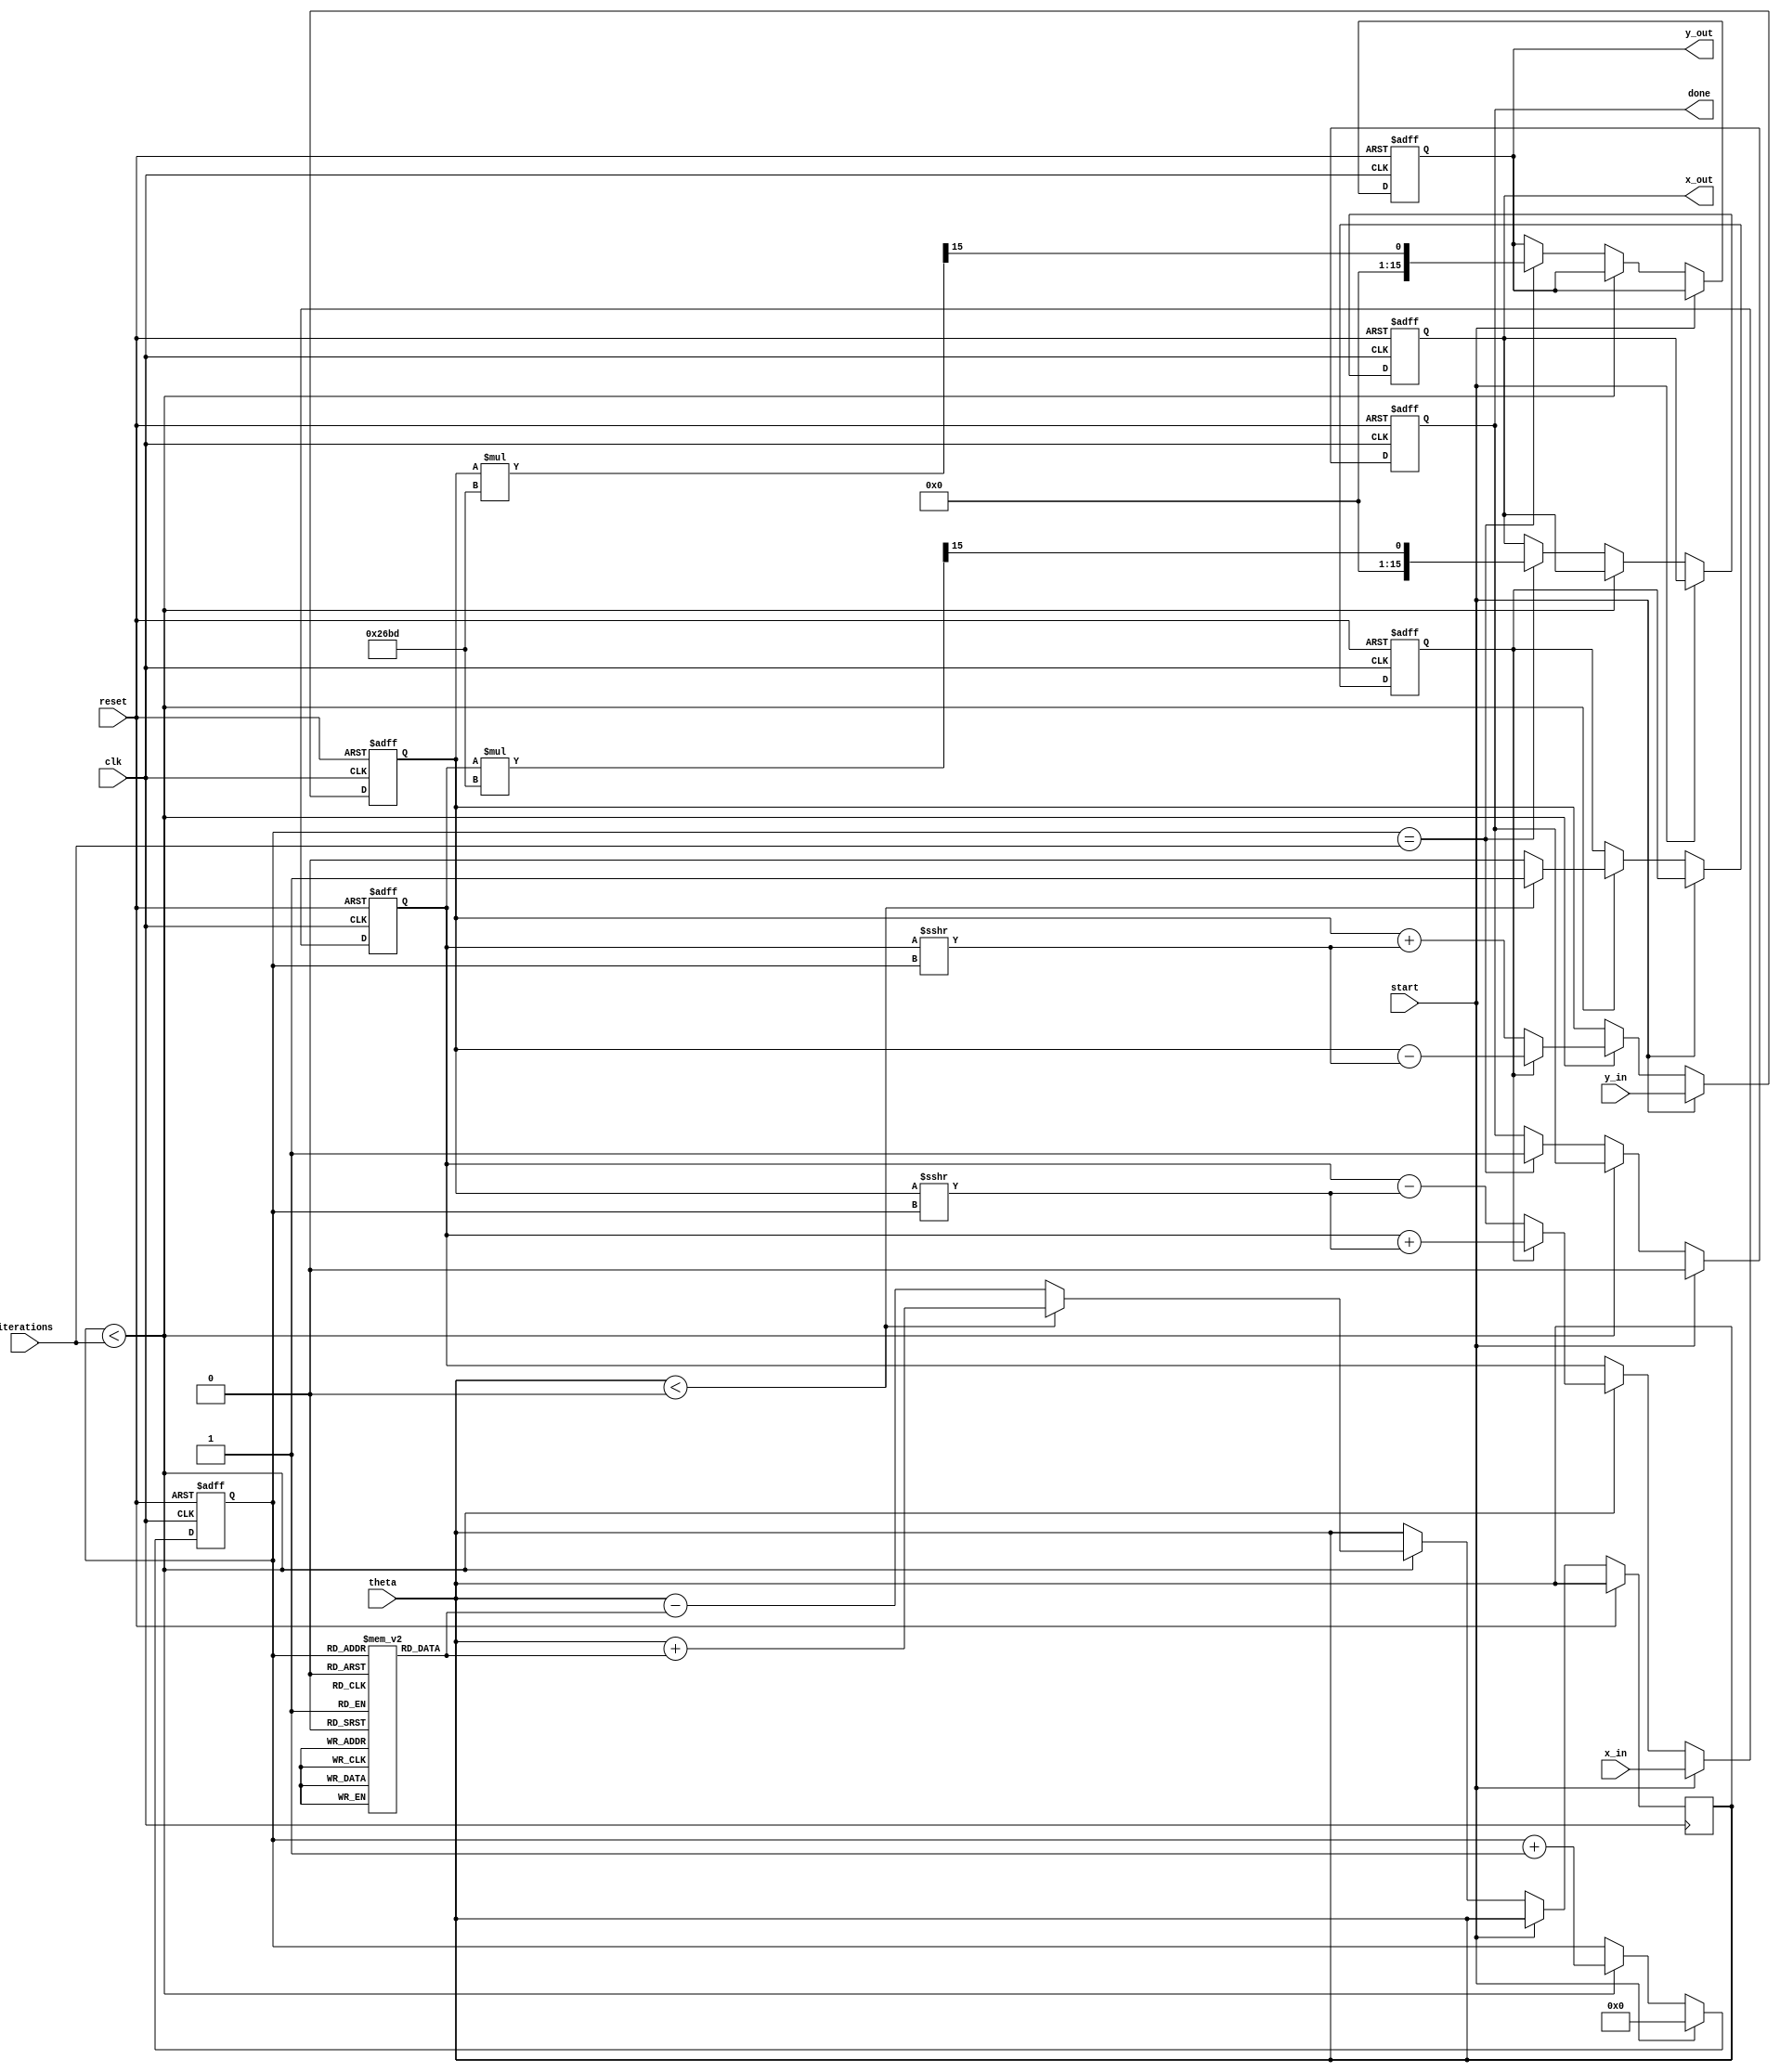
module modified_cordic (
    input wire clk,                // System clock
    input wire reset,              // Reset signal
    input wire start,              // Start computation signal
    input wire [15:0] theta,       // Angle in radians (fixed-point)
    input wire [15:0] x_in,        // Initial X vector (fixed-point)
    input wire [15:0] y_in,        // Initial Y vector (fixed-point)
    input wire [3:0] iterations,    // Number of iterations
    output reg [15:0] x_out,       // Output X vector (fixed-point)
    output reg [15:0] y_out,       // Output Y vector (fixed-point)
    output reg done                // Computation done signal
);

    // Constants for CORDIC
    parameter K = 16'h26BD; // Precomputed scale factor K (fixed-point)
    reg [15:0] atan_table [0:15]; // Lookup table for atan values
    
    // Initialize atan_table
    initial begin
        atan_table[0]  = 16'h2000; // atan(1) = pi/4
        atan_table[1]  = 16'h1333; // atan(0.5) 
        atan_table[2]  = 16'h0A3D; // atan(0.25) 
        atan_table[3]  = 16'h0513; // atan(0.125) 
        atan_table[4]  = 16'h0282; // ...
        atan_table[5]  = 16'h0141; 
        atan_table[6]  = 16'h00A1; 
        atan_table[7]  = 16'h0050; 
        atan_table[8]  = 16'h0028; 
        atan_table[9]  = 16'h0014; 
        atan_table[10] = 16'h000A; 
        atan_table[11] = 16'h0005; 
        atan_table[12] = 16'h0002; 
        atan_table[13] = 16'h0001; 
        atan_table[14] = 16'h0000; 
        atan_table[15] = 16'h0000; 
    end

    reg [15:0] x, y;            // Internal X and Y registers
    reg [3:0] current_iter;     // Current iteration counter
    reg add_sub;                // Direction (add/subtract)

    // State Machine
    always @(posedge clk or posedge reset) begin
        if (reset) begin
            x <= 16'b0;
            y <= 16'b0;
            x_out <= 16'b0;
            y_out <= 16'b0;
            current_iter <= 4'b0;
            done <= 1'b0;
            add_sub <= 1'b0;
        end else if (start) begin
            x <= x_in;        // Initialize X
            y <= y_in;        // Initialize Y
            current_iter <= 4'b0; // Start iterations
            done <= 1'b0;
        end else if (current_iter < iterations) begin
            // Determine rotation direction based on theta
            if (theta < 0) begin
                add_sub <= 1'b1; // Subtract
                theta <= theta + atan_table[current_iter];
            end else begin
                add_sub <= 1'b0; // Add
                theta <= theta - atan_table[current_iter];
            end
            
            // Update X and Y based on rotation direction
            if (add_sub) begin
                x <= x + (y >>> current_iter);
                y <= y - (x >>> current_iter);
            end else begin
                x <= x - (y >>> current_iter);
                y <= y + (x >>> current_iter);
            end
            
            current_iter <= current_iter + 1; // Increment iteration counter
        end else if (current_iter == iterations) begin
            // Apply scaling factor
            x_out <= (x * K) >>> 15; 
            y_out <= (y * K) >>> 15; 
            done <= 1'b1; // Signal computation done
        end
    end
endmodule